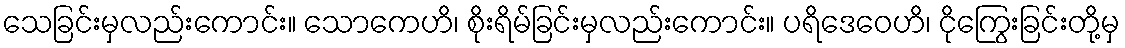
သေခြင်းမှလည်းကောင်း။ သောကေဟိ၊ စိုးရိမ်ခြင်းမှလည်းကောင်း။ ပရိဒေဝေဟိ၊ ငိုကြွေးခြင်းတို့မှ